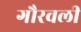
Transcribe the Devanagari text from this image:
गौरवली